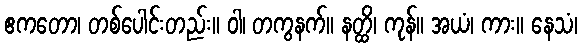
ဧကတော၊ တစ်ပေါင်းတည်း။ ဝါ၊ တကွနက်။ နတ္ထိ၊ ကုန်။ အယံ၊ ကား။ နေသံ၊